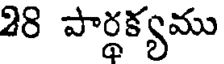
28 పార్థక్యము